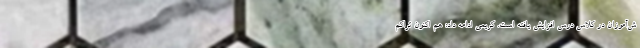
ش‌آموزان در کلاس درس افزایش یافته است. کریمی ادامه داد: هم اکنون تراکم